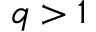
q > 1